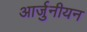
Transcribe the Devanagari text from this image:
आर्जुनीयन